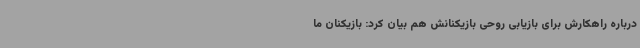
درباره راهکارش برای بازیابی روحی بازیکنانش هم بیان کرد: بازیکنان ما